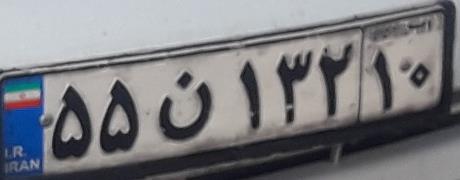
۵۵ن۱۳۲۱۰